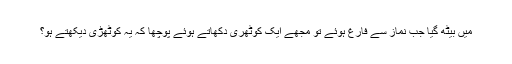
میں بیٹھ گیا جب نماز سے فارغ ہوئے تو مجھے ایک کوٹھری دکھاتے ہوئے پوچھا کہ یہ کوٹھڑی دیکھتے ہو؟